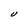
Character: U